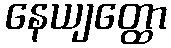
နေယျတ္ထော